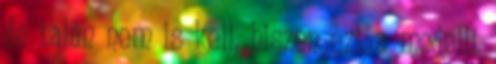
de talán nem is kell, hiszen ezt a modellt